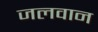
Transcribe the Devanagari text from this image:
जलवान